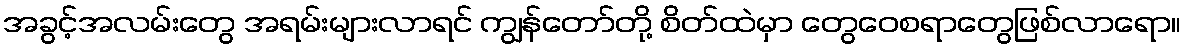
အခွင့်အလမ်းတွေ အရမ်းများလာရင် ကျွန်တော်တို့ စိတ်ထဲမှာ တွေဝေစရာတွေဖြစ်လာရော။